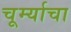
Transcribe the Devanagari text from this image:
चूर्म्याचा